Indian Civil Veterinary Department memoirs
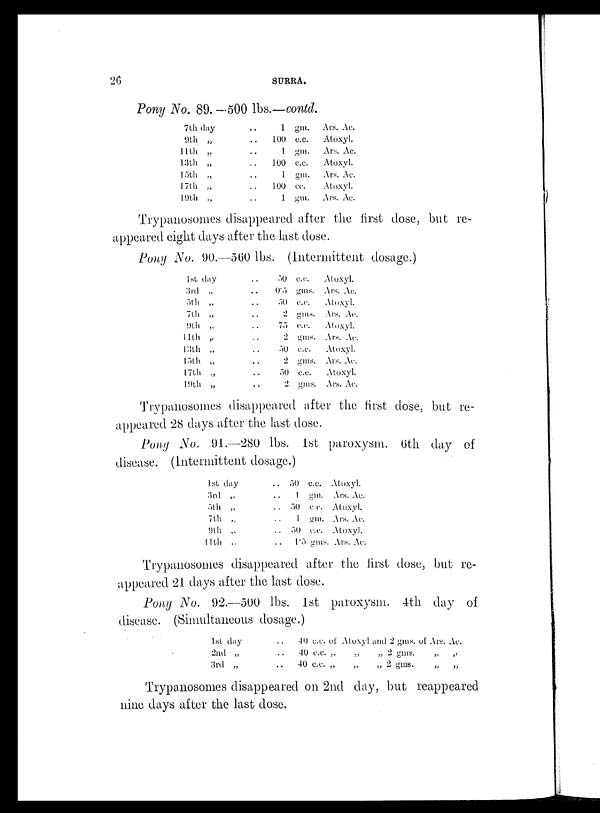
26
SURRA.
Pony No. 89.—500 lbs.—contd.
7th day
9th „
11th
„
13th „
15th „
17th „
19th „
. . 1 gm.
. . 100 c.c.
. . 1 gm.
. . 100 c.c.
. . 1 gm.
. . 100 cc.
. . 1 gm.
Ars. Ac.
Aloxyl.
Ars. Ac.
Atoxyl.
Ars. Ac.
Atoxyl.
Ars. Ac.
Trypanosomes disappeared after the first dose, but re-
--peared eight days after the last dose.
Pony No. 90.—560 lbs. (Intermittent dosage.)
1st day
3rd „
5th
„
7th „
9th
„
11th „
13th
„
15th
„
17th „
19th
„
. . 50 c.c.
. . 0.5 gms.
. . 50 c.c.
. . 2 gms.
. . 75 c.c.
. . 2
gms.
. . 50 c.c.
. . 2 gms.
. . 50 c.c.
. . 2 gms.
Atoxyl.
Ars. Ac.
Atoxyl.
Ars. Ac.
Atoxyl.
Ars. Ac.
Atoxyl.
Ars. Ac.
Atoxyl.
Ars. Ac.
Trypanosomes disappeared after the first dose, but re-
appeared 28 days after the last dose.
Pony No. 91.—280 lbs. 1st paroxysm. 6th day of
disease. (Intermittent dosage.)
1st day
3rd „
5th „
7th „
9th „
11th
„
. . 50 c.c.
. . 1 gm.
. . 50 c. c.
. . 1 gm.
. . 50 c.c.
. . 1.5 gms.
Atoxyl.
Ars. Ac.
Aloxyl.
Ars. Ac.
Atoxyl.
Ars. Ac.
Trypanosomas disappeared after the first dose, but re-
appeared 21 days after the last dose.
Pony No. 92.—500 lbs. 1st paroxysm. 4th day of
disease. (Simultaneous dosage.)
1st day
2nd „
:3rd „
. . 40 c.c. of
. . 40 c.c „
. . 40 c.c. „
Atoxyl and 2 gms. of Ars. Ac.
„ „ 2 gms.
„ „ 2 gms.
„ „
„ „
Trypanosomes disappeared on 2nd day, but reappeared
nine days after the last dose.